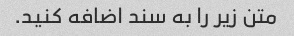
متن زیر را به سند اضافه کنید.